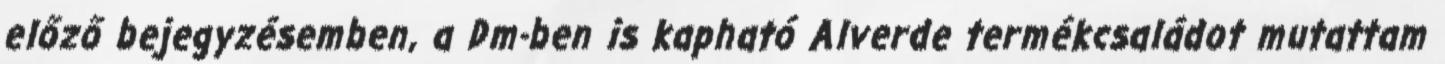
előző bejegyzésemben, a Dm-ben is kapható Alverde termékcsaládot mutattam